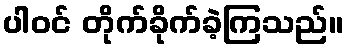
ပါဝင် တိုက်ခိုက်ခဲ့ကြသည်။